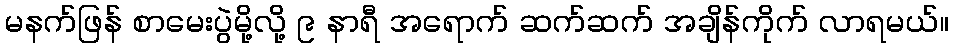
မနက်ဖြန် စာမေးပွဲမို့လို့ ၉ နာရီ အရောက် ဆက်ဆက် အချိန်ကိုက် လာရမယ်။